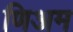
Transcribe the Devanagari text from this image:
णिअम